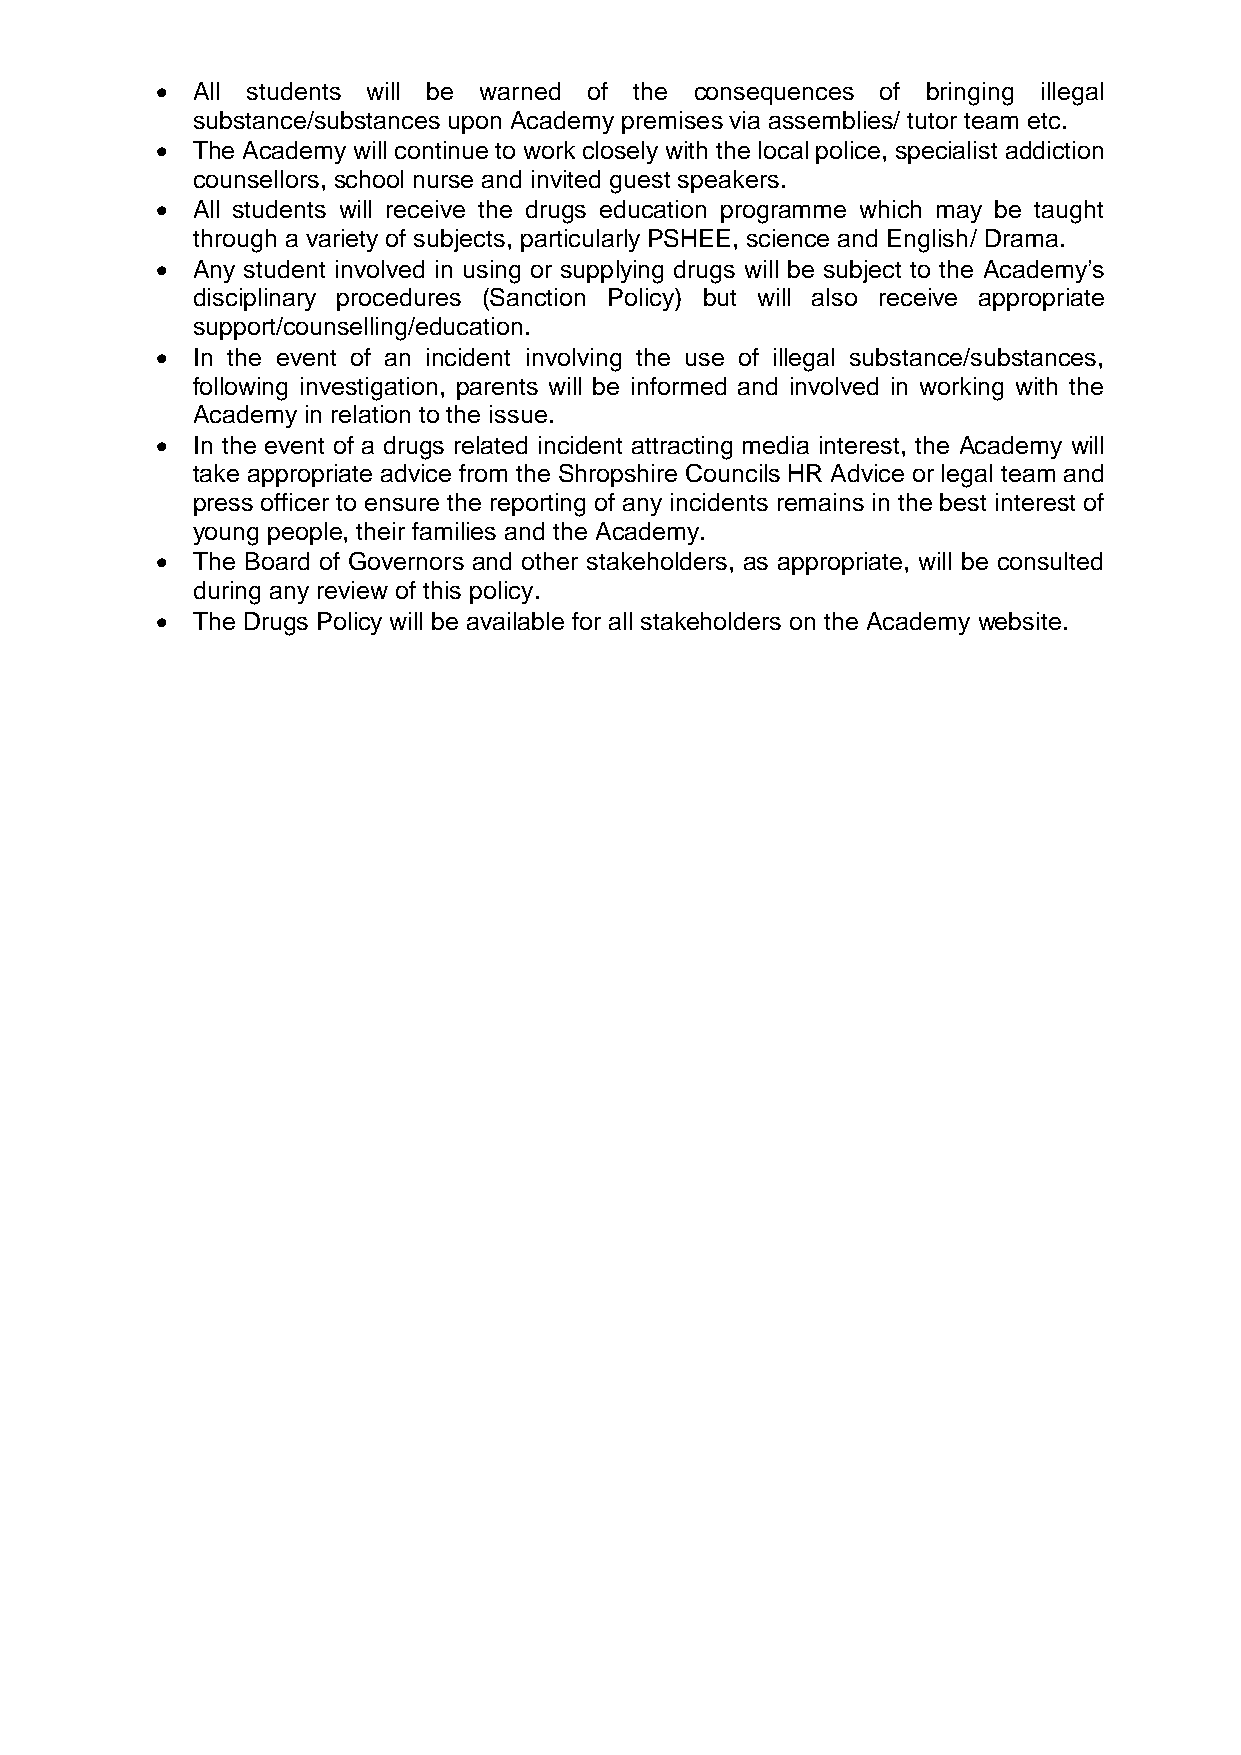
  All students will be warned of the consequences of bringing illegal
 substance/substances upon Academy premises via assemblies/ tutor team etc.
   The Academy will continue to work closely with the local police, specialist addiction
 counsellors, school nurse and invited guest speakers.
   All students will receive the drugs education programme which may be taught
 through a variety of subjects, particularly PSHEE, science and English/ Drama.
   Any student involved in using or supplying drugs will be subject to the Academy’s
 disciplinary procedures (Sanction Policy) but will also receive appropriate
 support/counselling/education.
   In the event of an incident involving the use of illegal substance/substances,
 following investigation, parents will be informed and involved in working with the
 Academy in relation to the issue.
   In the event of a drugs related incident attracting media interest, the Academy will
 take appropriate advice from the Shropshire Councils HR Advice or legal team and
 press officer to ensure the reporting of any incidents remains in the best interest of
 young people, their families and the Academy.
   The Board of Governors and other stakeholders, as appropriate, will be consulted
 during any review of this policy.
   The Drugs Policy will be available for all stakeholders on the Academy website.